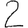
Digit: 2